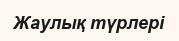
Жаулық түрлері